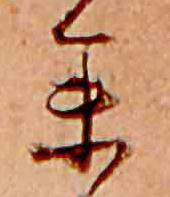
参